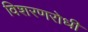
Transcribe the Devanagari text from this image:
विशरणरोधी